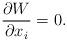
LaTeX: \begin{align*}\frac{\partial W}{\partial x_i} = 0. \end{align*}